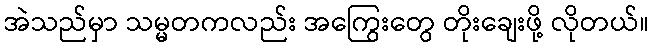
အဲသည်မှာ သမ္မတကလည်း အကြွေးတွေ တိုးချေးဖို့ လိုတယ်။